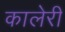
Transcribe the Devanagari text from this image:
कालेरी